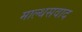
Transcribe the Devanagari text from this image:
माल्थसवाद